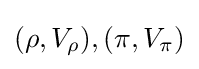
(\rho ,V_{\rho }),(\pi ,V_{\pi })